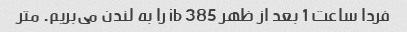
فردا ساعت 1 بعد از ظهر ib 385 را به لندن می‌بریم. متر